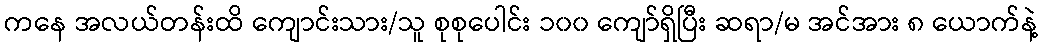
ကနေ အလယ်တန်းထိ ကျောင်းသား/သူ စုစုပေါင်း ၁၀၀ ကျော်ရှိပြီး ဆရာ/မ အင်အား ၈ ယောက်နဲ့